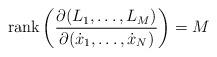
LaTeX: \begin{align*}\mbox{rank}\left(\dfrac{\partial(L_1,\ldots,L_M)}{\partial(\dot{x}_1,\ldots,\dot{x}_N)} \right)=M\end{align*}